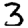
Digit: 3